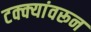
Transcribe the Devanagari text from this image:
टक्‍क्‍यांवरून